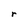
Character: r